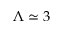
\Lambda \simeq 3